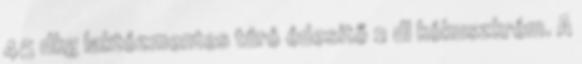
45 dkg laktózmentes túró édesítő 2 dl kókuszkrém. A